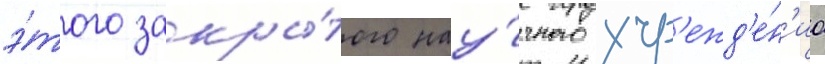
э́того закры́того нау́чного учр'ежд'е́н'иа